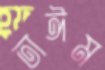
তাঈম